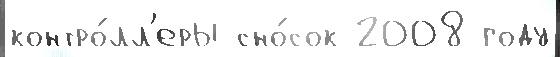
контро́лл'еры сно́сок 2008 году